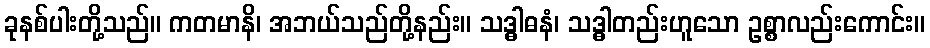
ခုနစ်ပါးတို့သည်။ ကတမာနိ၊ အဘယ်သည်တို့နည်း။ သဒ္ဓါဓနံ၊ သဒ္ဓါတည်းဟူသော ဥစ္စာလည်းကောင်း။